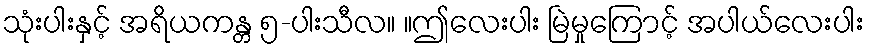
သုံးပါးနှင့် အရိယကန္တ ၅-ပါးသီလ။ ။ဤလေးပါး မြဲမှုကြောင့် အပါယ်လေးပါး